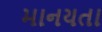
માનયતા